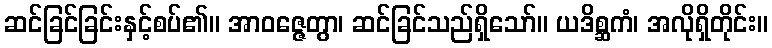
ဆင်ခြင်ခြင်းနှင့်စပ်၏။ အာဝဇ္ဇေတွာ၊ ဆင်ခြင်သည်ရှိသော်။ ယဒိစ္ဆကံ၊ အလိုရှိတိုင်း။